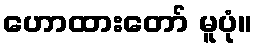
ဟောထားတော် မူပုံ။